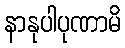
နာနုပါပုဏာမိ